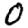
Digit: 0